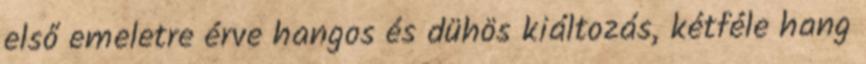
első emeletre érve hangos és dühös kiáltozás, kétféle hang